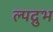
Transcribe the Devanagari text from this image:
ल्पद्रुभ